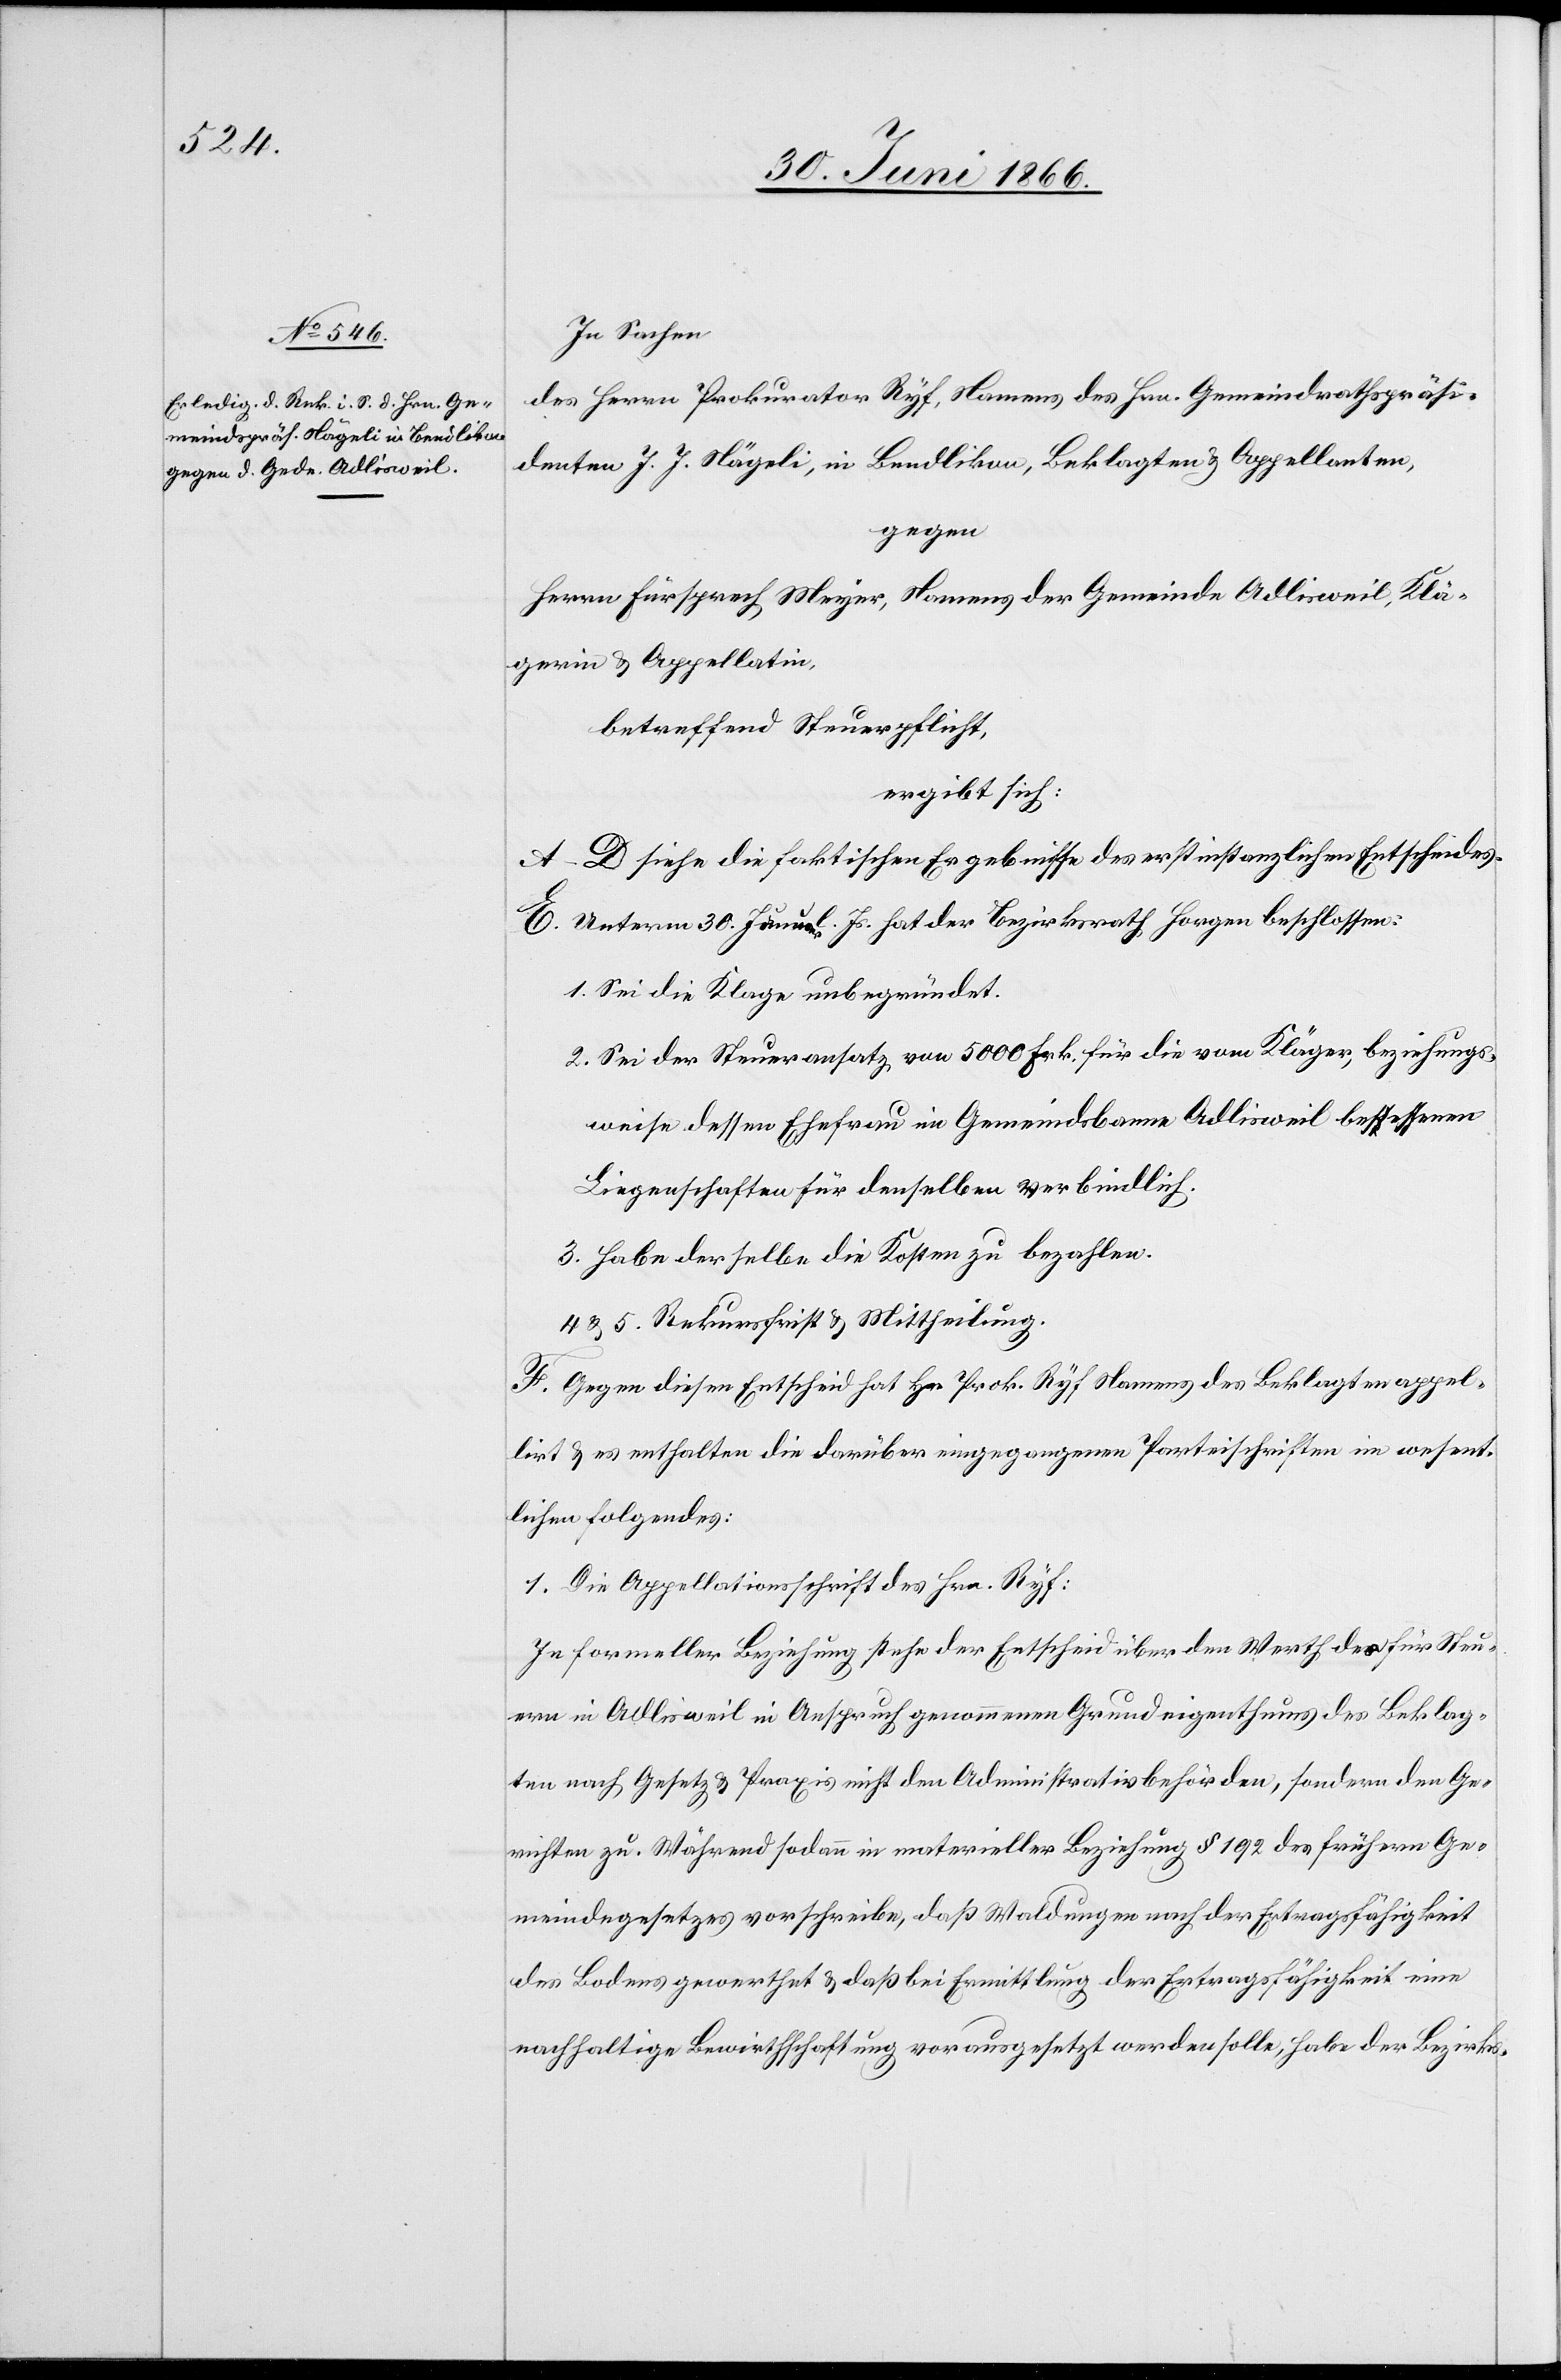
In Sachen
des Herrn Prokurator Ryf, Namens des Hrn. Gemeindspräsi¬
denten J. J. Nägeli, in Bendlikon, Beklagten u. Appellanten,
gegen
Herrn Fürsprech Meyer, Namens der Gemeinde Adlisweil, Klä¬
gerin u. Appellatin,
betreffend Steuerpflicht,
ergibt sich:
A–D siehe die faktischen Ergebnisse des erstinstanzlichen Entscheides.
E. Unterm 30. Januar l. Js. hat der Bezirksrath Horgen beschlossen:
1. Sei die Klage unbegründet.
2. Sei der Steueransatz von 5000 Frk. für die vom Kläger, beziehungs¬
weise dessen Ehefrau im Gemeindsbanne Adlisweil bessessenen
Liegenschaften für denselben verbindlich.
3. Habe derselbe die Kosten zu bezahlen.
4. u. 5. Rekursfrist u. Mittheilung.
F. Gegen diesen Entscheid hat Hr. Prok. Ryf Namens des Beklagten appel¬
lirt u. es enthalten die darüber eingegangenen Parteischriften im wesent¬
lichen folgendes:
1. Die Appellationsschrift des Hrn. Ryf:
In formeller Beziehung stehe der Entscheid über den Werth des für Steu¬
ern in Adlisweil in Anspruch genommenen Grundeigenthums des Beklag¬
ten nach Gesetz u. Praxis nicht den Administrativbehörden, sondern den Ge¬
richten zu. Während sodann in materieller Beziehung § 192 des frühern Ge¬
meindegesetzes vorschreibe, daß Waldungen nach der Ertragsfähigkeit
des Bodens gewerthet u. daß bei Ermittlung der Ertragsfähigkeit eine
nachhaltige Bewirthschaftung vorausgesetzt werden solle, habe der Bezirks-